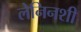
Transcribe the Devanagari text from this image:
लेनिनशी